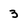
Character: 3